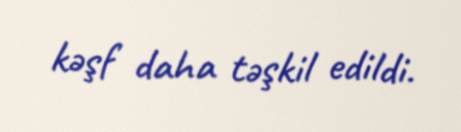
kəşf daha təşkil edildi.